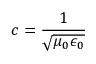
c = \frac { 1 } { \sqrt { \mu _ { 0 } \epsilon _ { 0 } } }